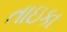
તાઇકા